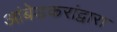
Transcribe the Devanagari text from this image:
आंबेडकरांद्वारा